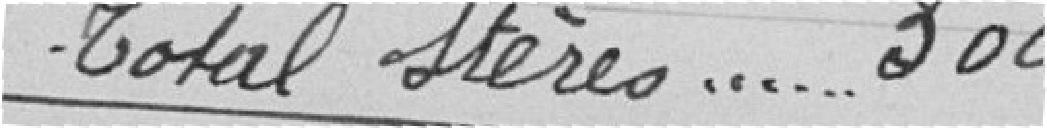
Total stères.....300